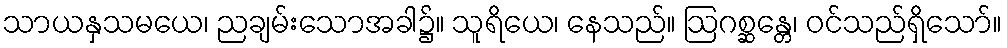
သာယနှသမယေ၊ ညချမ်းသောအခါ၌။ သူရိယေ၊ နေသည်။ ဩဂစ္ဆန္တေ၊ ဝင်သည်ရှိသော်။